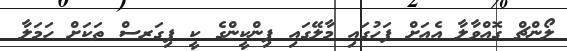
ލޯންޗް ގޮއްވާލާ އެއަށް ފަހުގައި މާލޭގައި ޕިންކީންގެ ކީ ފިގަރސް ތަކަށް ހަމަލާ